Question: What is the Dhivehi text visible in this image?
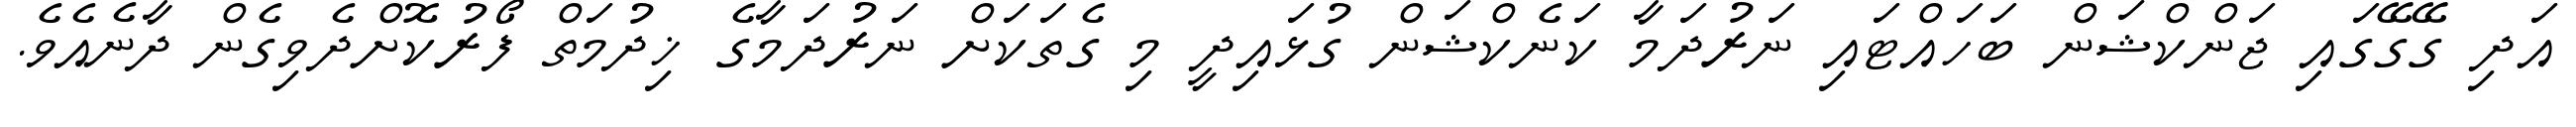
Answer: އަދި ގޭގޭގައި ޖަންކްޝަން ބަހައްޓައި ނަރުދަމާ ކަނެކްޝަން ގުޅައިދީ މި ގެތަކަށް ނަރުދަމާގެ ޚިދުމަތް ފޯރުކޮށްދެވިގެން ދާނެއެވެ.